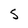
Character: S